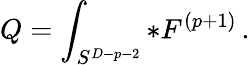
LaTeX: Q=\int_{S^{D-p-2}}*F^{(p+1)}\, .